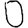
Digit: 0